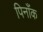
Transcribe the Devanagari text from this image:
पिनाँक